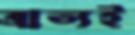
ব্রাত্যই